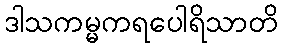
ဒါသကမ္မကရပေါရိသာတိ